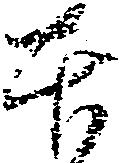
本